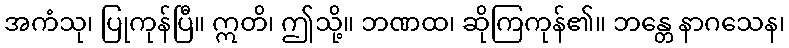
အကံသု၊ ပြုကုန်ပြီ။ ဣတိ၊ ဤသို့။ ဘဏထ၊ ဆိုကြကုန်၏။ ဘန္တေ နာဂသေန၊